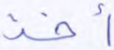
أخذ